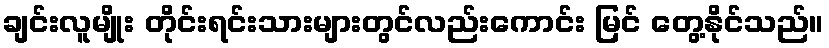
ချင်းလူမျိုး တိုင်းရင်းသားများတွင်လည်းကောင်း မြင် တွေ့နိုင်သည်။